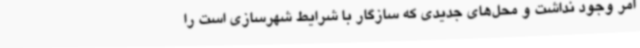
امر وجود نداشت و محل‌های جدیدی که سازگار با شرایط شهرسازی است را